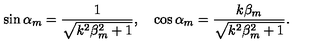
\sin \alpha _ { m } = \frac { 1 } { \sqrt { k ^ { 2 } \beta _ { m } ^ { 2 } + 1 } } , \quad \cos \alpha _ { m } = \frac { k \beta _ { m } } { \sqrt { k ^ { 2 } \beta _ { m } ^ { 2 } + 1 } } .